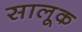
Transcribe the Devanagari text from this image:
सालूक